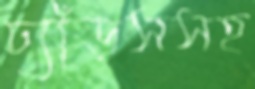
ঢ্যাঁড়সসহ